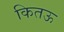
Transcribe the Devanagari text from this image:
कितऊ